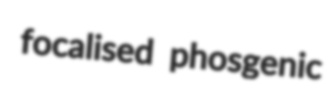
focalised phosgenic